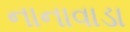
નાનાવાડા